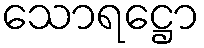
သောရဋ္ဌော